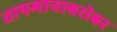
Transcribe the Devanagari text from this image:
तापमानाबरोबर